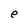
Character: e